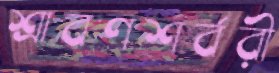
শ্রাবণশর্বরী